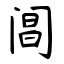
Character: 阊